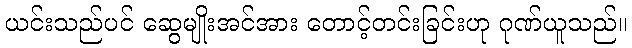
ယင်းသည်ပင် ဆွေမျိုးအင်အား တောင့်တင်းခြင်းဟု ဂုဏ်ယူသည်။